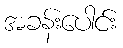
အခန်းပေါင်း